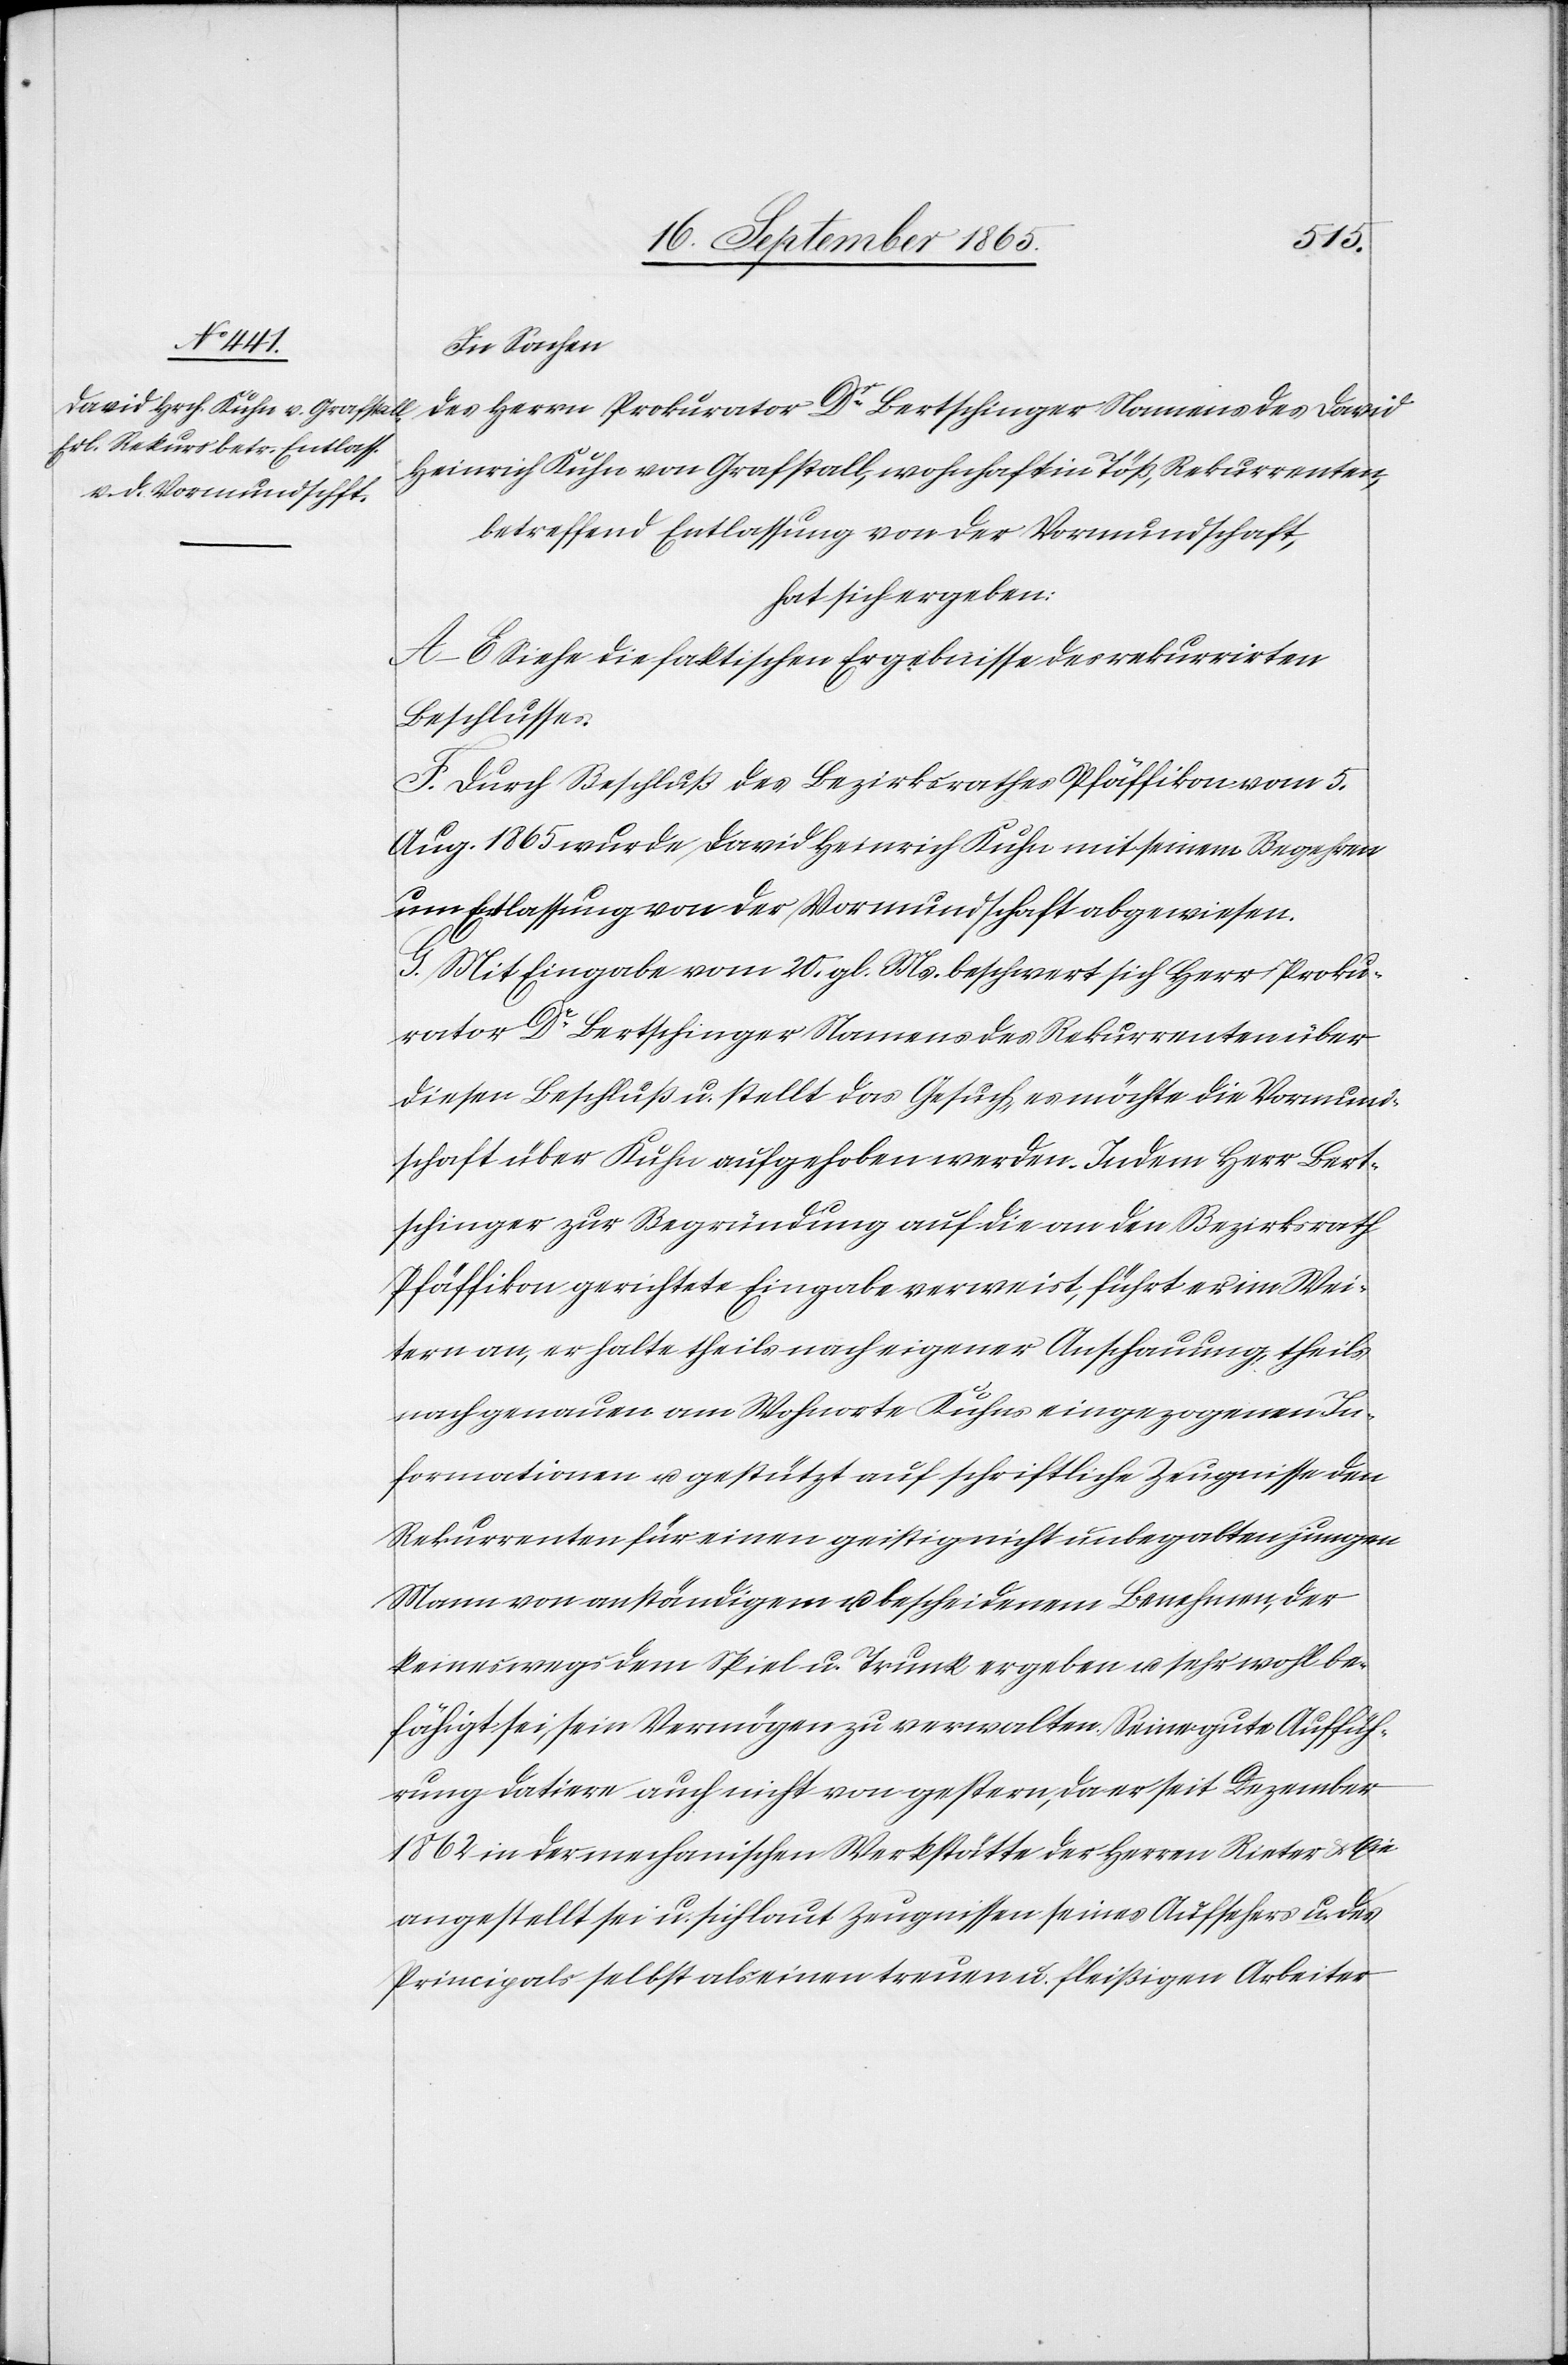
In Sachen
des Herrn Prokurator Dr Bertschinger Namens des David
Heinrich Kuhn von Grafstall, wohnhaft in Töß, Rekurrenten,
betreffend Entlassung von der Vormundschaft,
hat sich ergeben:
A–E Siehe die faktischen Ergebnisse des rekurrirten
Beschlusses.
F. Durch Beschluß des Bezirksrathes Pfäffikon vom 5.
Aug. 1865 wurde David Heinrich Kuhn mit seinem Begehren
um Entlassung von der Vormundschaft abgewiesen.
G. Mit Eingabe vom 20. gl. Ms. beschwert sich Herr Proku¬
rator Dr Bertschinger Namens des Rekurrenten über
diesen Beschluß u. stellt das Gesuch, es möchte die Vormund¬
schaft über Kuhn aufgehoben werden. Indem Herr Bert¬
schinger zur Begründung auf die an den Bezirksrath
Pfäffikon gerichtete Eingabe verweist, führt es im Wei¬
tern an, er halte theils nach eigener Anschauung, theils
nach genauen am Wohnorte Kuhn eingezogenen In¬
formationen u. gestützt auf schriftliche Zeugnisse den
Rekurrenten für einen geistig nicht unbegabten jungen
Mann von anständigem u. bescheidenem Benehmen, der
keineswegs dem Spiel u. Trunk ergeben u. sehr wohl be¬
fähigt sei, sein Vermögen zu verwalten. Seine gute Auffüh¬
rung datiere auch nicht von gestern, da er seit Dezember
1862 in der mechanischen Werkstätte der Herren Rieter u. Cie
angestellt sei u. sich laut Zeugnissen seines Aufsehers u. des
Principals selbst als einen treuen u. fleißigen Arbeiter